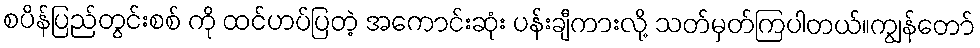
စပိန်ပြည်တွင်းစစ် ကို ထင်ဟပ်ပြတဲ့ အကောင်းဆုံး ပန်းချီကားလို့ သတ်မှတ်ကြပါတယ်။ကျွန်တော်